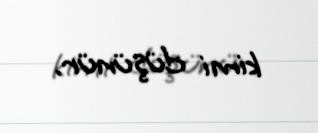
kimi düşünür.